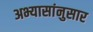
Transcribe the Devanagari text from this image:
अभ्यासांनुसार